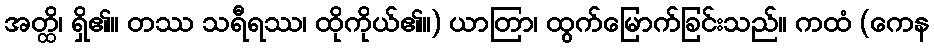
အတ္ထိ၊ ရှိ၏။ တဿ သရီရဿ၊ ထိုကိုယ်၏။) ယာတြာ၊ ထွက်မြောက်ခြင်းသည်။ ကထံ (ကေန